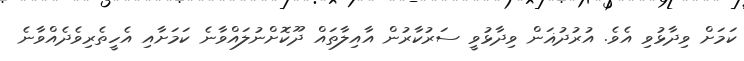
ކަމަށް ވިދާޅުވި އެވެ. އުރުދުޣަން ވިދާޅުވީ ސަރުކާރުން އާއިލާތައް ދޫކޮށްނުލައްވާނެ ކަމަށާއި އެހީތެރިވެދެއްވާނެ